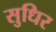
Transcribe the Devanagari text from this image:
सुधिर